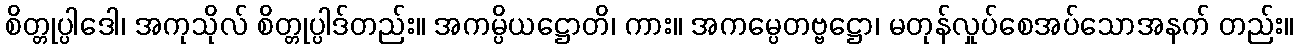
စိတ္တုပ္ပါဒေါ၊ အကုသိုလ် စိတ္တုပ္ပါဒ်တည်း။ အကမ္ပိယဋ္ဌောတိ၊ ကား။ အကမ္ပေတဗ္ဗဋ္ဌော၊ မတုန်လှုပ်စေအပ်သောအနက် တည်း။